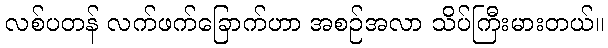
လစ်ပတန် လက်ဖက်ခြောက်ဟာ အစဉ်အလာ သိပ်ကြီးမားတယ်။